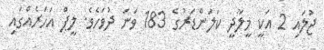
ޖުލައި 2 އަކީ މީލާދީ ކަލަންޑަރުގެ 183 ވަނަ ދުވަހެވެ. ލީޕް އަހަރެއްގައި